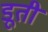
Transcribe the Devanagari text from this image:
डूती